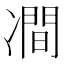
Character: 𭂠